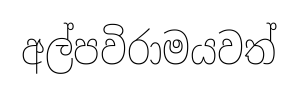
අල්පවිරාමයවත්